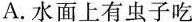
A.水面上有虫子吃